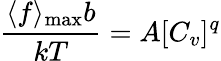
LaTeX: \frac{\langle f\rangle_{\operatorname*{max}}b}{kT}=A[C_{v}]^{q}